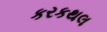
કરકથલ